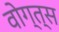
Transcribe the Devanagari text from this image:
वोग्त्स